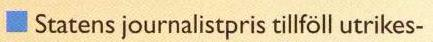
 Statens journalistpris tillföll utrikes-